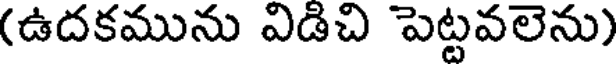
(ఉదకమును విడిచి పెట్టవలెను)